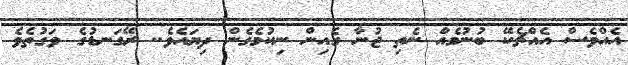
އެއްވެސް އެއްޗެކޭ ބުނުމެއް ނެތި ޖުނާ ގެއިން ނިކުމެގެން ދިޔައެވެ.. ރޭގަނޑުގެ ވަގުތެވެ